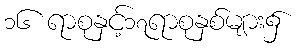
၁၆ ရာစုနှင့်၁၇ရာစုနှစ်များ၌